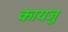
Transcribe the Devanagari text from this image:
कायजु